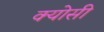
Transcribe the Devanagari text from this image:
क्योसी